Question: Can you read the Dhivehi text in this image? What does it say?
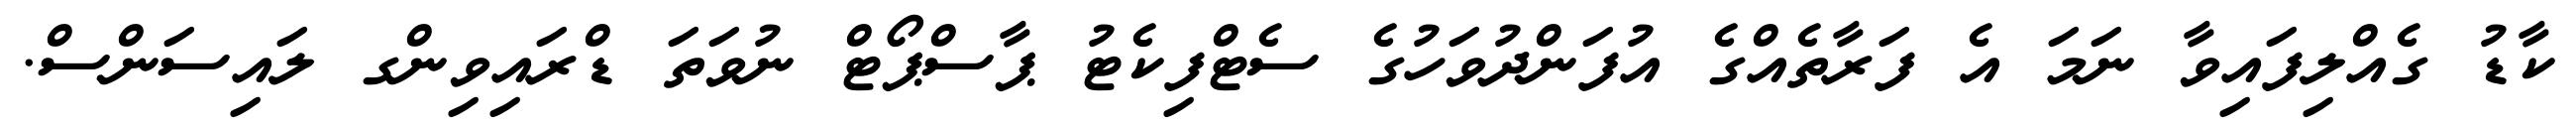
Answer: ކާޑު ގެއްލިފައިވާ ނަމަ އެ ފަރާތެއްގެ އުފަންދުވަހުގެ ސެޓްފިކެޓު ޕާސްޕޯޓް ނުވަތަ ޑްރައިވިންގ ލައިސަންސް.